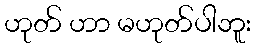
ဟုတ် ဟာ မဟုတ်ပါဘူး